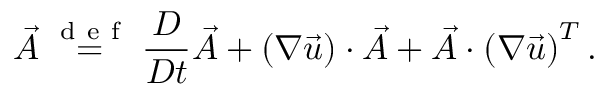
\overset { \vartriangle } { \vec { A } } \stackrel { \mathrm { ~ d ~ e ~ f ~ } } { = } \frac { D } { D t } \vec { A } + \left( \boldsymbol { \nabla } \vec { u } \right) \cdot \vec { A } + \vec { A } \cdot \left( \boldsymbol { \nabla } \vec { u } \right) ^ { T } .